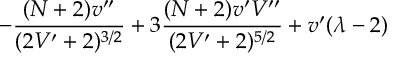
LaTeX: - \frac { ( N + 2 ) v ^ { \prime \prime } } { ( 2 V ^ { \prime } + 2 ) ^ { 3 / 2 } } + 3 \frac { ( N + 2 ) v ^ { \prime } V ^ { \prime \prime } } { ( 2 V ^ { \prime } + 2 ) ^ { 5 / 2 } } + v ^ { \prime } ( \lambda - 2 )